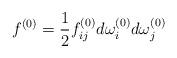
LaTeX: \begin{align*}f^{(0)}=\frac{1}{2}f_{ij}^{(0)}d\omega_i^{(0)}d\omega_j^{(0)}\end{align*}